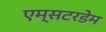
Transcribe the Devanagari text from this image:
एम्सटरडेम